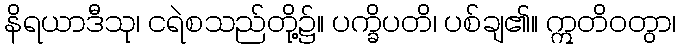
နိရယာဒီသု၊ ငရဲစသည်တို့၌။ ပက္ခိပတိ၊ ပစ်ချ၏။ ဣတိဝတွာ၊